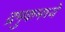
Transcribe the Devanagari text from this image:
द्रमुकमध्ये